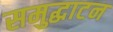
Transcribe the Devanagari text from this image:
समुद्घाटन